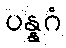
ပန္နဂံ